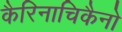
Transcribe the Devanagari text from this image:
कैरिनाचिकैनो